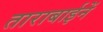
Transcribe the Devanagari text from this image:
ताराबाईनें